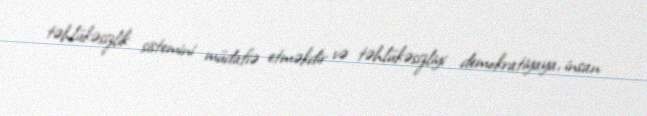
təhlükəsizlik sistemini müdafiə etməkdir və təhlükəsizliyi demokratiyaya, insan